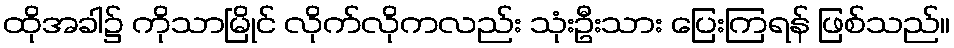
ထိုအခါ၌ ကိုသာမြိုင် လိုက်လိုကလည်း သုံးဦးသား ပြေးကြရန် ဖြစ်သည်။